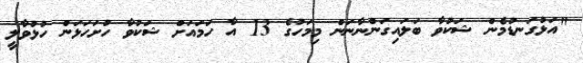
"އަޅުގަނޑުމެން ޝަކުވާ ބަލައިގަންނާނަން މިމަހުގެ 13 އާ ހަމައަށް ޝަކުވާ ހުށަހަޅަން ހުޅުވާލީ